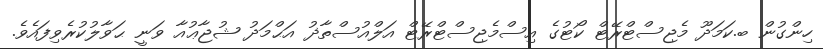
ހިންގުން ބ.ކަމަދޫ މެޖިސްޓްރޭޓް ކޯޓުގެ އިސްމެޖިސްޓްރޭޓް އަލްއުސްތާޛު އަޙްމަދު ޝުޖާޢުއާ ވަނީ ޙަވާލުކުރެވިފައެވެ.